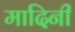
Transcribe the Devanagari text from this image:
मादिनी